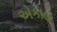
એકાહ